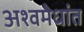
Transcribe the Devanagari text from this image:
अश्वमेधांत